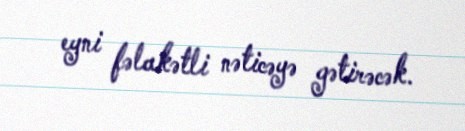
eyni fəlakətli nəticəyə gətirəcək.